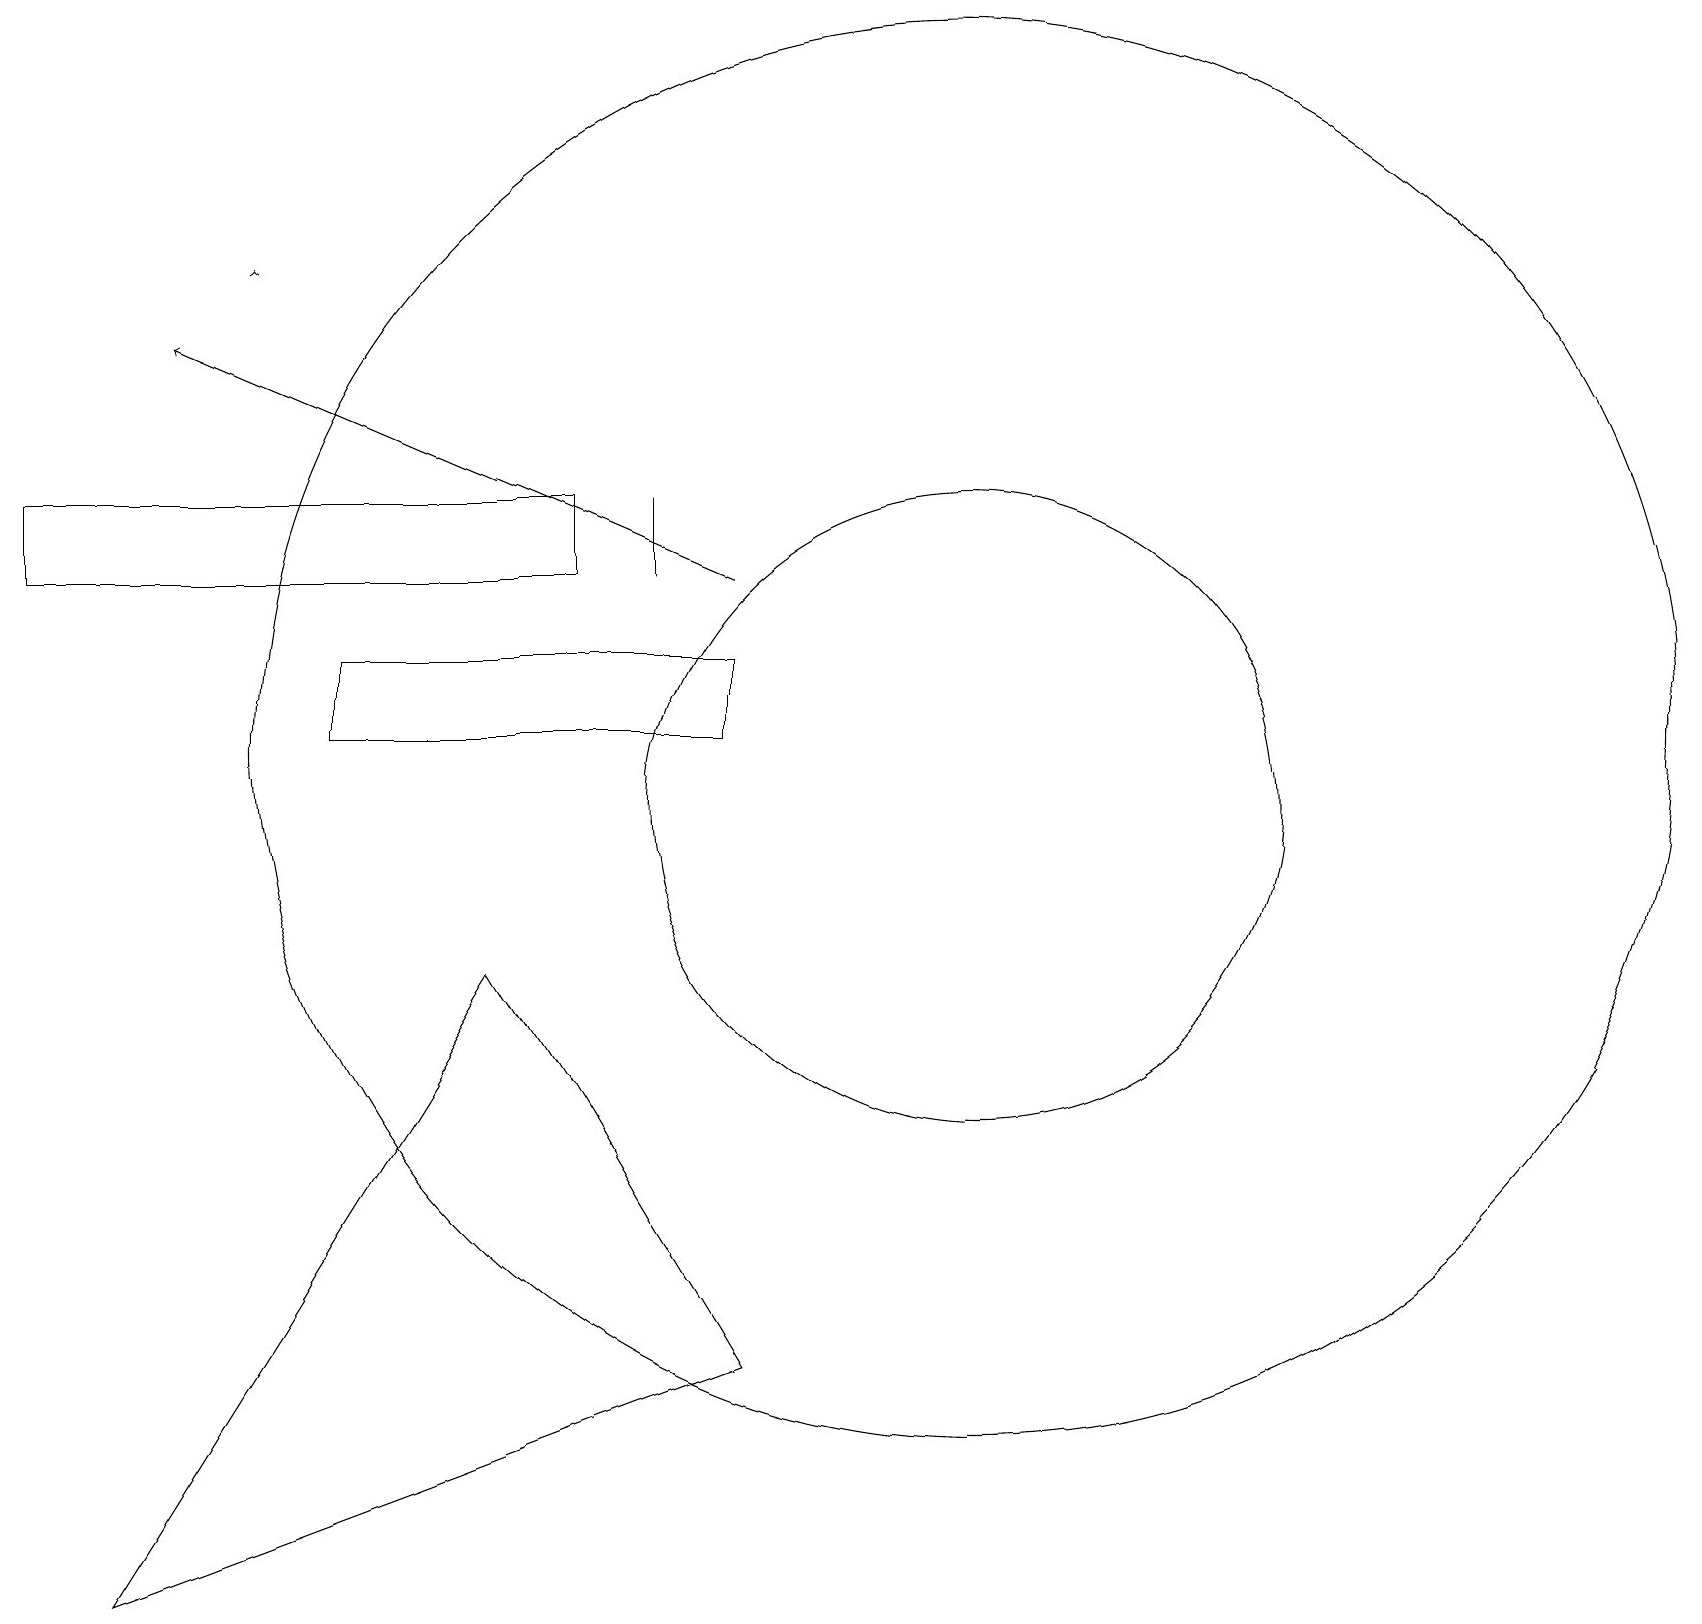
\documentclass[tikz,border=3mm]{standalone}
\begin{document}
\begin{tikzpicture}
\draw (4,13) rectangle (9,12);
\draw (12,12) circle (9);
\draw (1,1) -- (6,9) -- (9,4) -- cycle;
\draw[->] (3,18) -- (3,18);
\draw[->] (9,14) -- (2,17);
\draw (8,15) rectangle (8,14);
\draw (12,11) circle (4);
\draw (0,15) rectangle (7,14);
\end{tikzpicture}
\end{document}